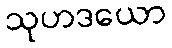
သုဟဒယော